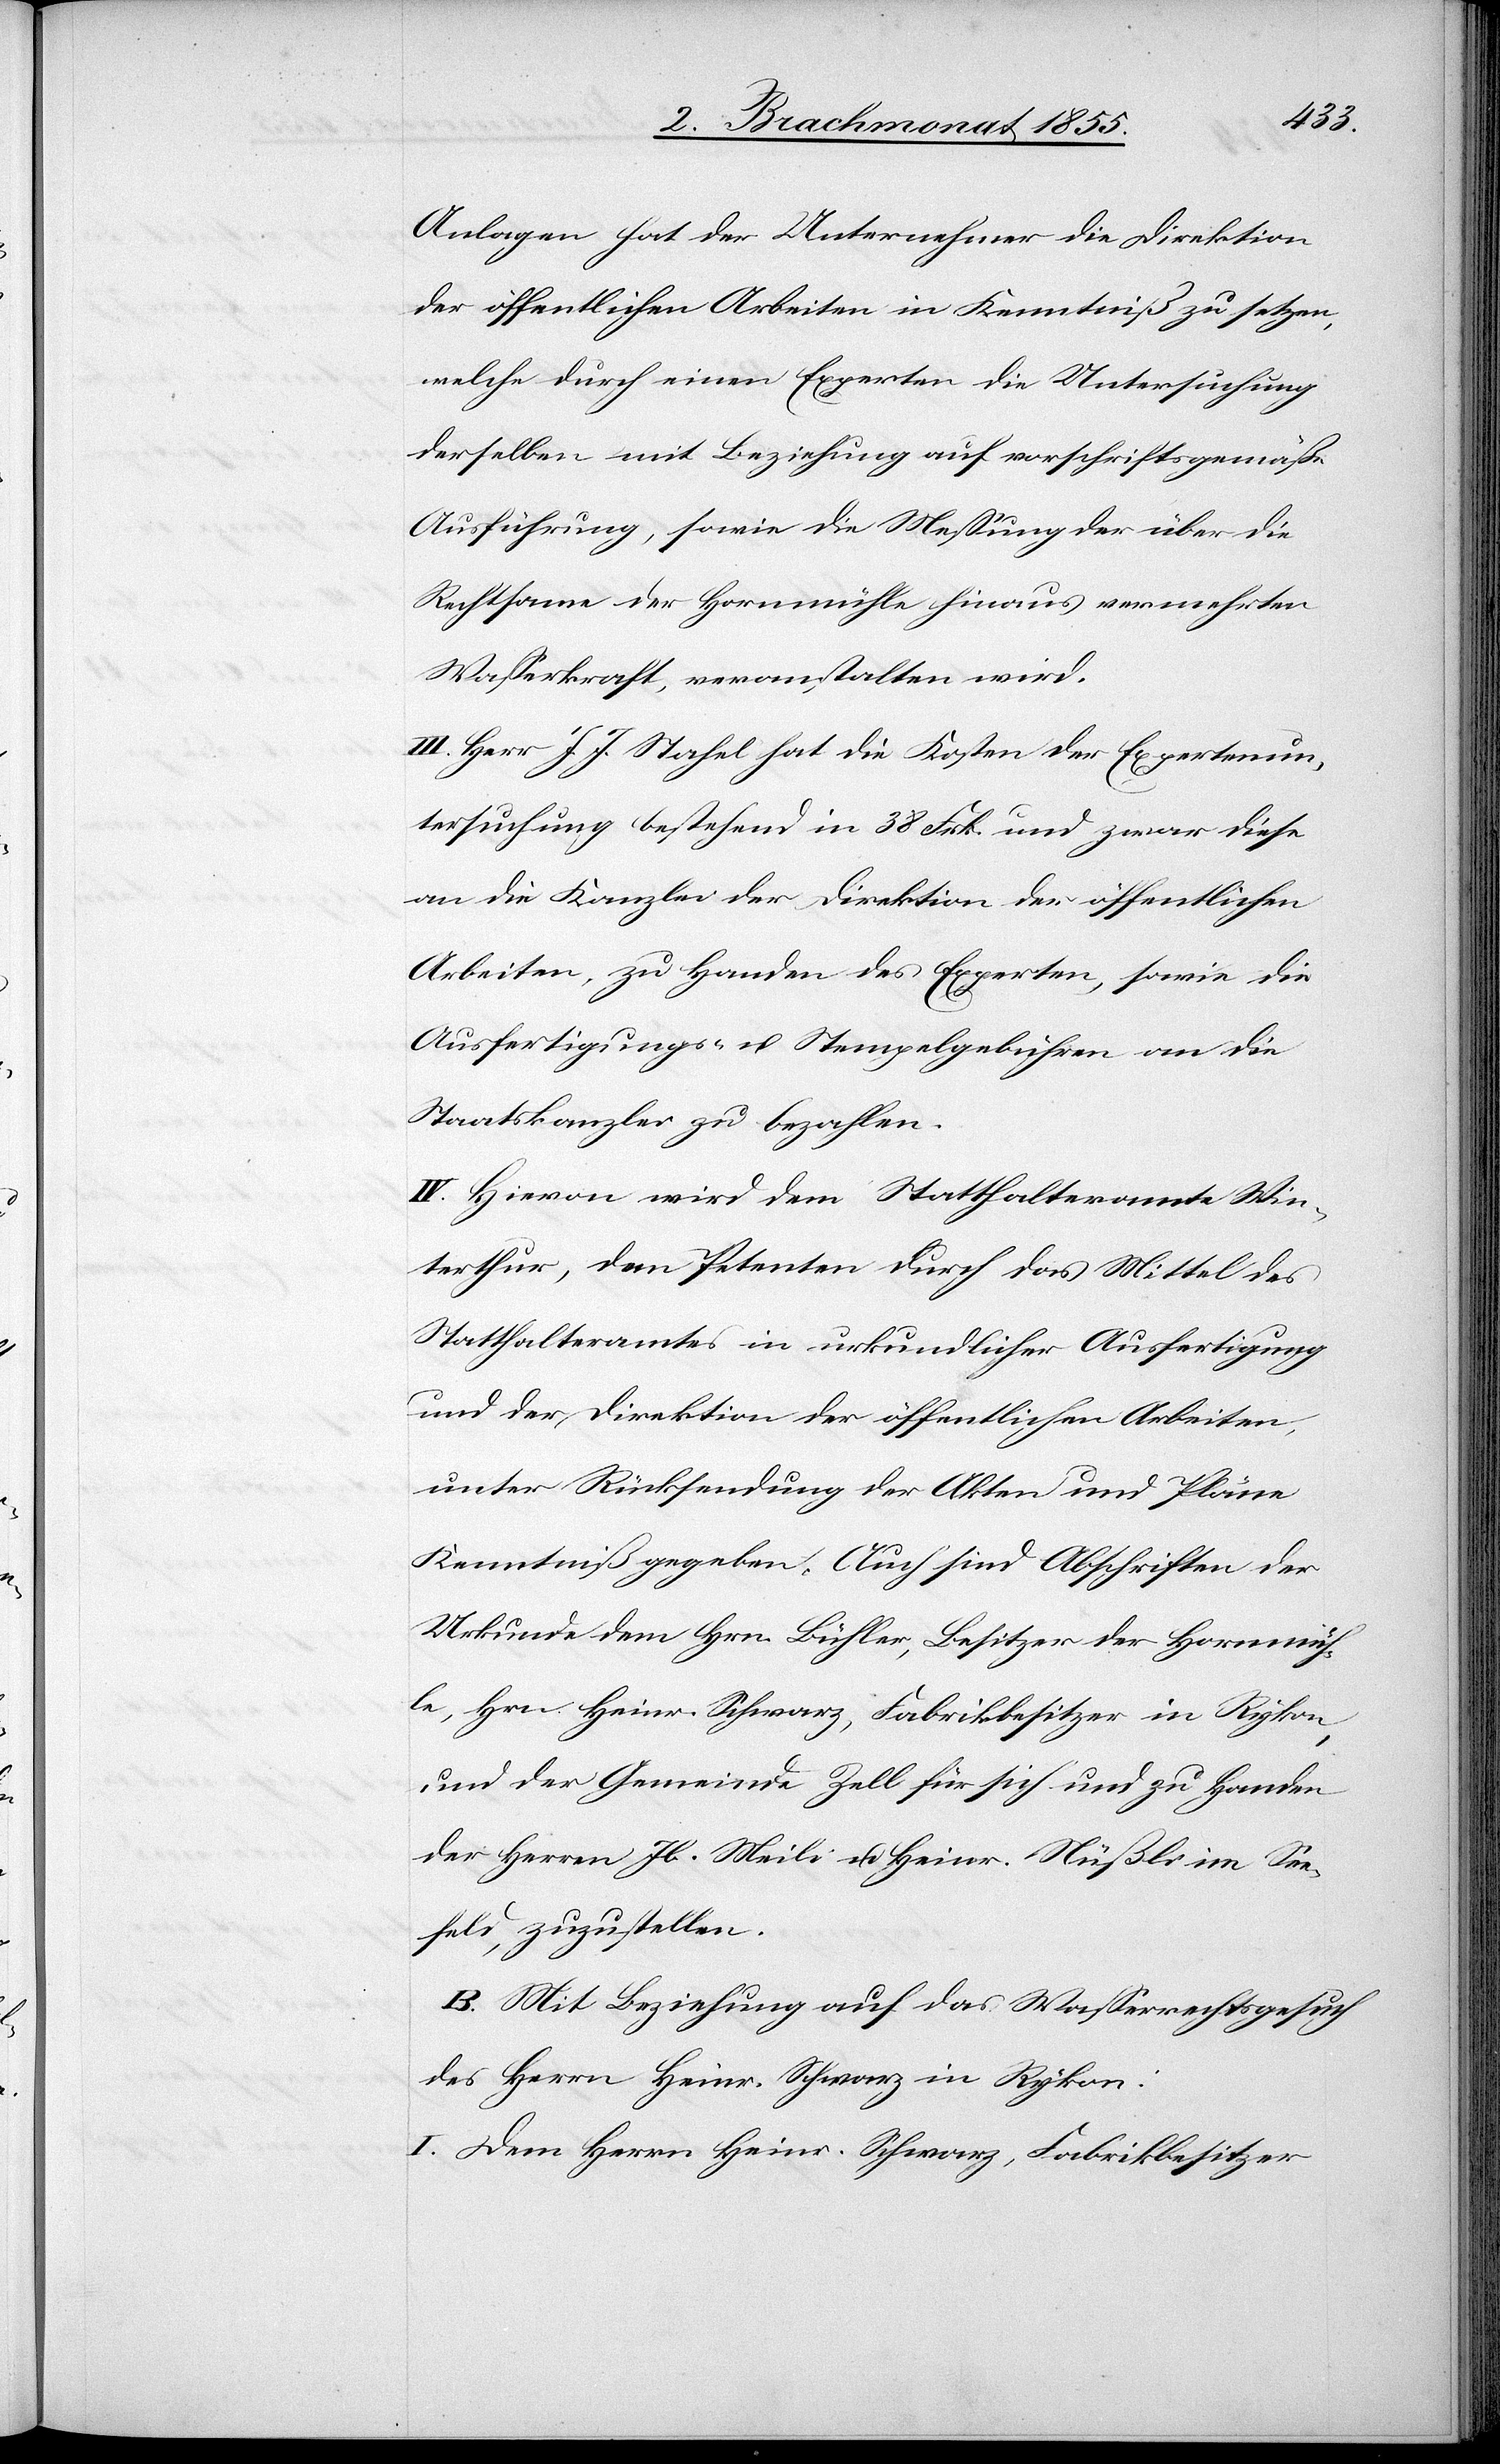
Anlagen hat der Unternehmer die Direktion
der öffentlichen Arbeiten in Kenntniß zu setzen,
welche durch einen Experten die Untersuchung
derselben mit Beziehung auf vorschriftsgemäße
Ausführung, sowie die Messung der über die
Rechtsame der Hornmühle hinaus vermehrten
Wasserkraft, veranstalten wird.
III. Herr J. J. Stahel hat die Kosten der Expertenun¬
tersuchung bestehend in 38 Frk. und zwar diese
an die Kanzlei der Direktion der öffentlichen
Arbeiten, zu Handen des Experten, sowie die
Ausfertigungs- u. Stempelgebühren an die
Staatskanzlei zu bezahlen.
IV. Hievon wird dem Statthalteramte Win¬
terthur, dem Petenten durch das Mittel des
Statthalteramtes in urkundlicher Ausfertigung
und der Direktion der öffentlichen Arbeiten,
unter Rücksendung der Akten und Pläne
Kenntniß gegeben. Auch sind Abschriften der
Urkunde dem Hrn. Bühler, Besitzer der Hornmüh¬
le, Hrn. Heinr. Schwarz, Fabrikbesitzer in Rykon,
und der Gemeinde Zell für sich und zu Handen
der Herren Jb. Meili u. Heinr. Nüßli im See¬
feld, zuzustellen.
B. Mit Beziehung auf das Wasserrechtsgesuch
des Herrn Heinr. Schwarz in Rykon:
I. Dem Herrn Heinr. Schwarz, Fabrikbesitzer